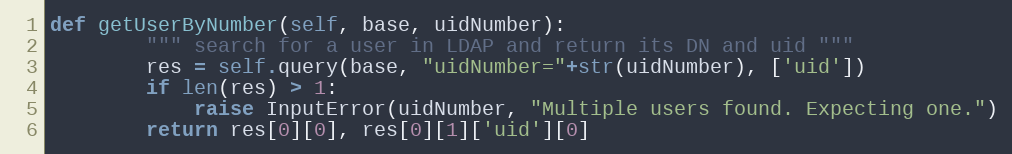
Language: Python
def getUserByNumber(self, base, uidNumber):
		""" search for a user in LDAP and return its DN and uid """
		res = self.query(base, "uidNumber="+str(uidNumber), ['uid'])
		if len(res) > 1:
			raise InputError(uidNumber, "Multiple users found. Expecting one.")
		return res[0][0], res[0][1]['uid'][0]